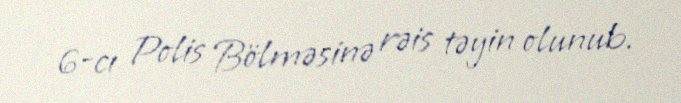
6-cı Polis Bölməsinə rəis təyin olunub.